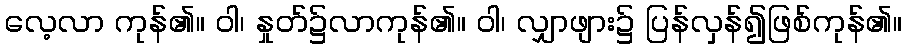
လေ့လာ ကုန်၏။ ဝါ၊ နှုတ်၌လာကုန်၏။ ဝါ၊ လျှာဖျား၌ ပြန်လှန်၍ဖြစ်ကုန်၏။